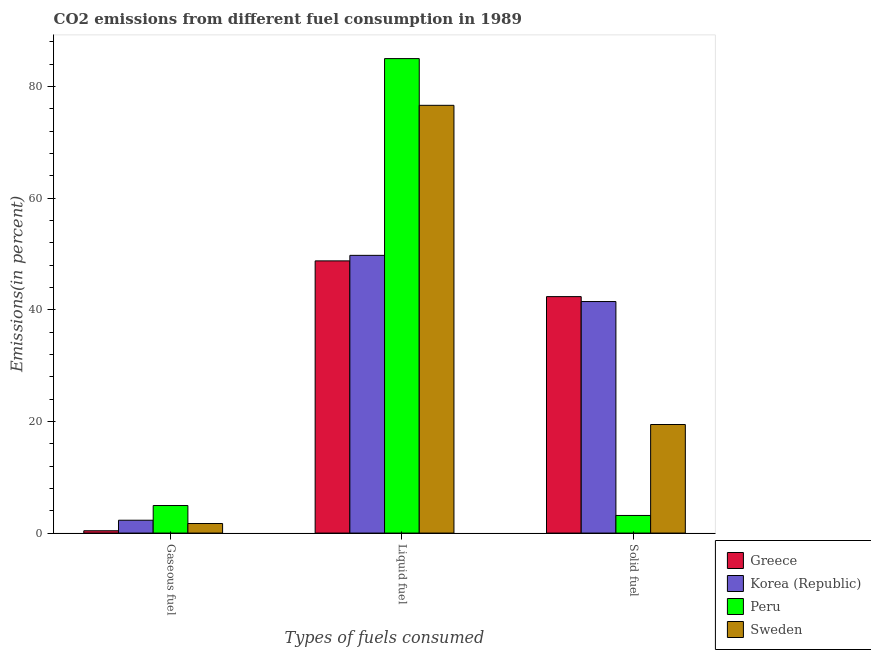
| Types of fuels consumed | Greece | Korea (Republic) | Peru | Sweden |
 | --- | --- | --- | --- | --- |
 | Gaseous fuel | 0.415 | 2.3 | 4.94 | 1.71 |
 | Liquid fuel | 48.8 | 49.8 | 85 | 76.7 |
 | Solid fuel | 42.4 | 41.5 | 3.16 | 19.5 |